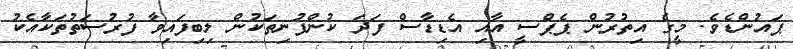
ޕައުންޑެވެ. މީގެ އިތުރުން ޕެޕްސީ އާއި އެޑިޑާސް ފަދަ ކުންފުނިތަކުން ލިބިފައިވާ ފުރުސަތުތަކާއެކު